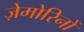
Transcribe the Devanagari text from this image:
ज़ेमोरिनों